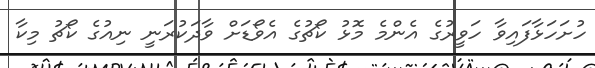
ހުށަހަޅާފައިވާ ހަވީރުގެ އެންމެ މޮޅު ކޯޗުގެ އެވޯޑަށް ވާދަކުރަނީ ނިއުގެ ކޯޗު މިކާ